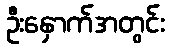
ဦးနှောက်အတွင်း